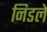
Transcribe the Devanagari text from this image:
निडले